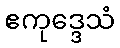
ဧကုဒ္ဒေသံ